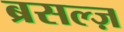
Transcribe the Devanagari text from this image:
ब्रसल्ज़